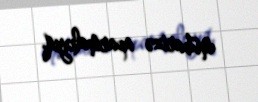
mübarizə aparmalıyıq.